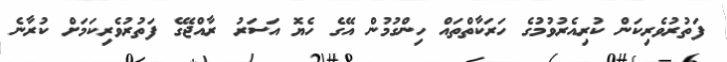
ފަތުރުވެރިކަން ކުރިއެރުވުމުގެ ހަރަކާތްތައް ހިންގުމުން އޭގެ ހެޔޮ އަސަރު ރާއްޖޭގެ ފަތުރުވެރިކަމަށް ކުރާނެ